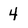
Character: 4